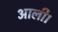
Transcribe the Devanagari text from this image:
आली।